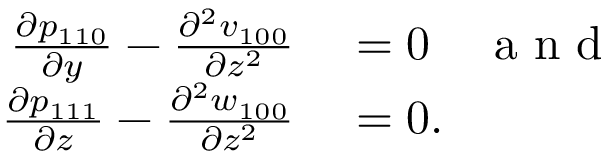
\begin{array} { r l } { \frac { \partial p _ { 1 1 0 } } { \partial y } - \frac { \partial ^ { 2 } v _ { 1 0 0 } } { \partial z ^ { 2 } } } & { { } = 0 \quad \mathrm { ~ a ~ n ~ d ~ } } \\ { \frac { \partial p _ { 1 1 1 } } { \partial z } - \frac { \partial ^ { 2 } w _ { 1 0 0 } } { \partial z ^ { 2 } } } & { { } = 0 . } \end{array}